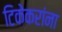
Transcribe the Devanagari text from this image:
टिकेकरांना